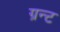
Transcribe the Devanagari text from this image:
ग्रन्ट